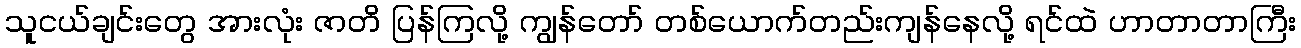
သူငယ်ချင်းတွေ အားလုံး ဇာတိ ပြန်ကြလို့ ကျွန်တော် တစ်ယောက်တည်းကျန်နေလို့ ရင်ထဲ ဟာတာတာကြီး